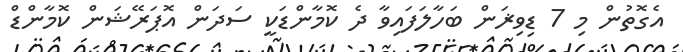
އެގޮތުން މި 7 ޑިވިޜަން ބަހާލަފައިވާ ދެ ކޮމާންޑަކީ ސަދަން އޮޕަރޭޝަން ކޮމާންޑް